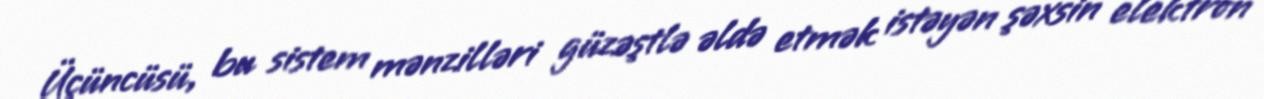
Üçüncüsü, bu sistem mənzilləri güzəştlə əldə etmək istəyən şəxsin elektron